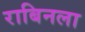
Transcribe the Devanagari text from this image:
राबिनला